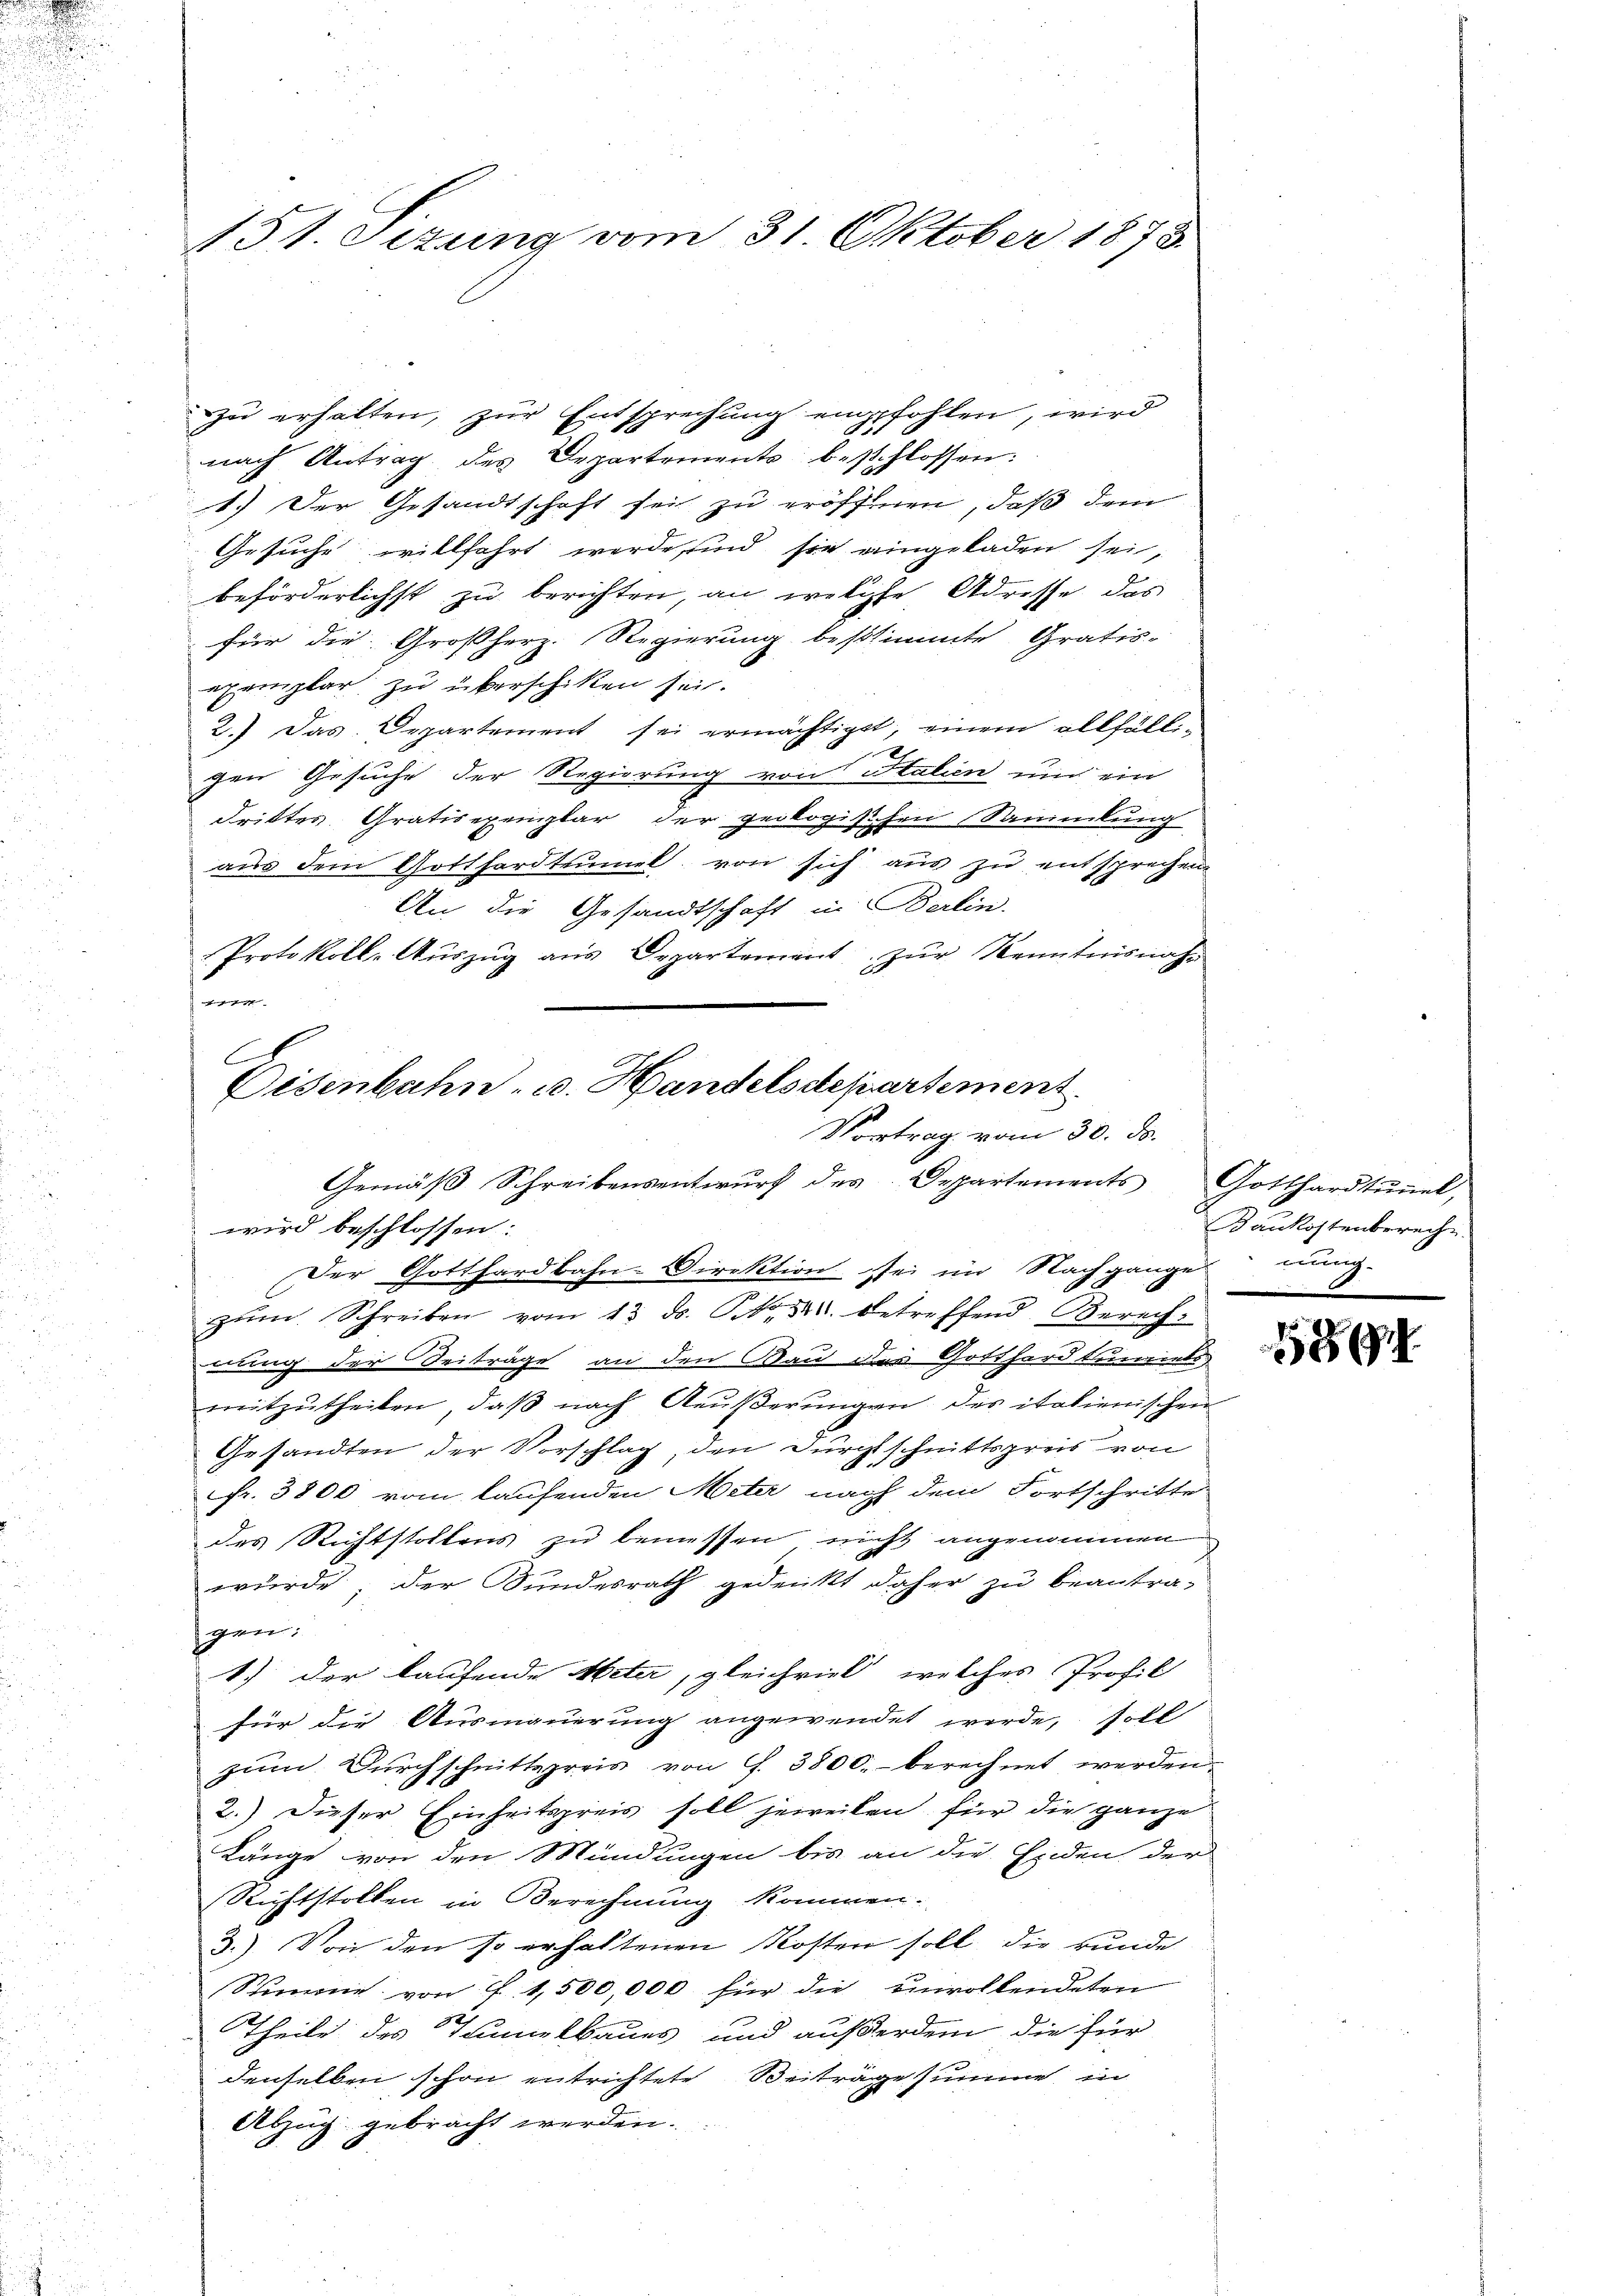
151. Setzung vom 31. Oktober 1878.

zu erhalten, zur Entsprechung empfohlen, wird
nach Antrag des Departements beschlossen:
1.) Der Gesandtschaft sei zu eröffnen, daß dem
Gesuche willfahrt werde sind sie eingeladen sei,
beförderlichst zu berichten, an welche Adresse das
für die Großherz. Regierung bestimmte Gratis-
exemplar zu überschiken sei.
2.) Das Departement sei ermächtiget, einem allfällix
gen Gesuche der Regierung von Stalien und ein
drittes Gratisexemplar der geologischen Sammlung
aŭs dem Gotthardtumel von sich aŭs zŭ entsprechen.
An die Gesandtschaft in Berlin-
Protokoll- Aŭszŭg aŭs Departement zŭr Kenntnisnahm
++ 111
s
Eisenbahn, u. Handelsdepartement

Vortrag vom 30. ds.
Gemäβ Schreibensentwŭrf des Departements Gotthardtŭṅel,
wird beschlossen:
Der Gotthardbahn-Direktion sei im Nachgange
zŭm Schreiben vom 13. ds. S. 32. betreffend Berech-

nung der Beiträge an den Bau das Gotthard Liniels
mitzutheilen, daß nach Aeußerungen des italienischen
Gesandten der Vorschlag, den Durchschnittspreis von
fr. 3800 vom laufenden Meter nach dem Fortschritte
des Richtstollens zu bemessen nicht angenommen
wurde; der Sundesrath gedenkt daher zu beantra-
gen:
1.) der laufende Meter, gleichrieb, welches Profil
für die Ausmauerung angewendet werde, soll
zum Durchschnittspreis von G. 3800.- berechnet werden.
2.) Dieser Einheitspreis soll jeweilen für die ganze
Länge von den Mündungen bis an die Enden der
Richtstollen in Berechnung kommen.
3.) Von den so erhaltenen Kosten soll die kunde
Stimme von f. 1,500,000 für die unvollendeten
Theile des Tunnelbaues und außerden die für
denselben schon entrichtete Beiträge summe in
Abzug gebracht werden.

Baukostenbereche

1